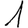
Digit: 1